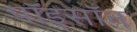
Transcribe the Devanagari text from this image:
पॉइसॉन